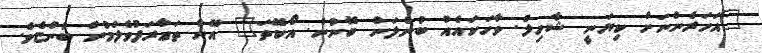
"އަހަރެންނަށް ކިޔަނީ ޝާހިލް. ވާހަކައެއް ބުނެލަން ބޭނުން. އޯކޭތަ" އޭނާ ތަޢާރަފުވެލަމުން ބުންޏެވެ.